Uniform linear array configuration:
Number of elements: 24
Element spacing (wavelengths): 0.25
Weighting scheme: exponential
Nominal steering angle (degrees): -30
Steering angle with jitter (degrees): -29.329
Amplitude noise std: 0.05
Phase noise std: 0.05

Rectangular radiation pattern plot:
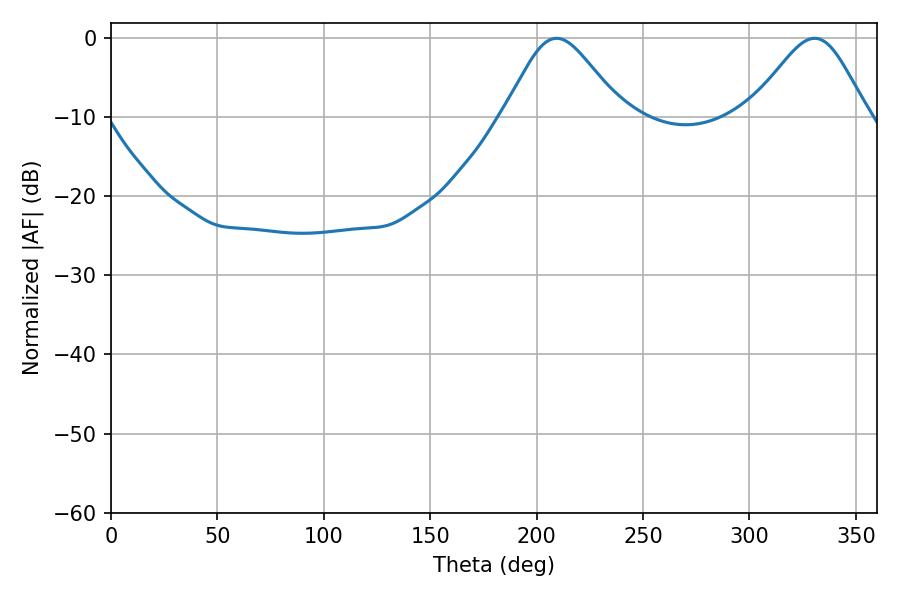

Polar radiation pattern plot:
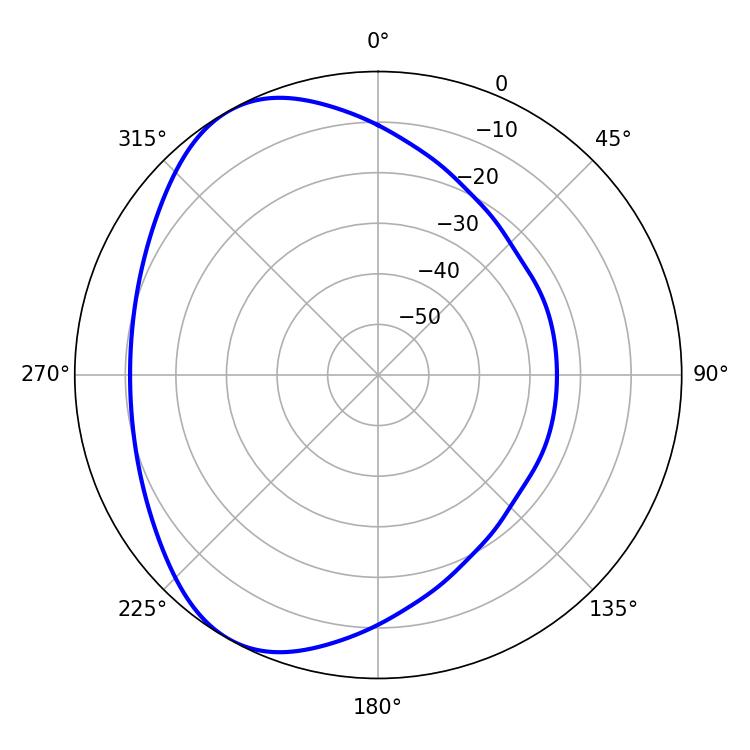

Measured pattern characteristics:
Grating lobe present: FALSE
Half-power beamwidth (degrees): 27.36
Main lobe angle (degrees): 209.34